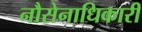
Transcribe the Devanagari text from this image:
नौसेनाधिकारी